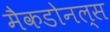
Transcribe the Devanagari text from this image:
मैकडोनल्स